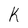
Character: K